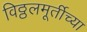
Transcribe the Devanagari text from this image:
विठ्ठलमूर्तीच्या